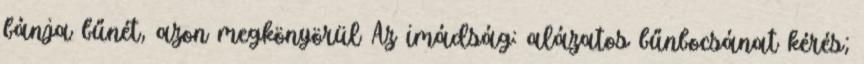
bánja bűnét, azon megkönyörül Az imádság: alázatos bűnbocsánat kérés;